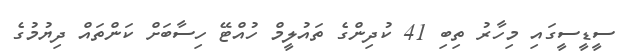
ސީޑީސީގައި މިހާރު ތިބި 41 ކުދިންގެ ތައުލީމް ހުއްޓޭ ހިސާބަށް ކަންތައް ދިޔުމުގެ